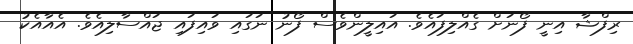
ރިފްޝާ އިނީ ފޯނަށް ގެއްލިފައެވެ. އައިލީންވެސް ފޯނު ނަގައި ވައިފައި ޖައްސާލިއެވެ. އެއާއެކު